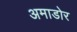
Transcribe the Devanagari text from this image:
अमाडोर